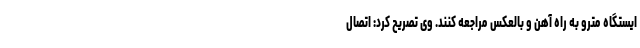
ایستگاه مترو به راه آهن و بالعکس مراجعه کنند. وی تصریح کرد: اتصال